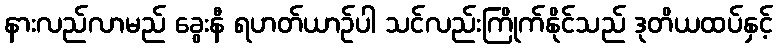
နားလည်လာမည် ခွေးနီ ရဟတ်ယာဉ်ပါ သင်လည်းကြိုက်နိုင်သည် ဒုတိယထပ်နှင့်